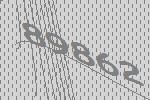
89862